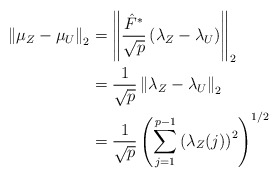
\begin{align*}\left\| \mu_Z - \mu_U \right\|_2& = \left\| \frac{\hat{F}^*}{\sqrt{p}} \left(\lambda_Z - \lambda_U \right) \right\|_2\\& = \frac{1}{\sqrt{p}} \left\| \lambda_Z - \lambda_U \right\|_2\\& = \frac{1}{\sqrt{p}} \left( \sum_{j=1}^{p-1} \left( \lambda_Z(j) \right)^2 \right)^{1/2}\end{align*}